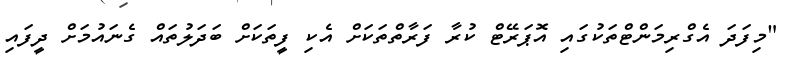
"މިފަދަ އެގްރިމަންޓްތަކުގައި އޮޕަރޭޓް ކުރާ ފަރާތްތަކަށް އެކި ފީތަކަށް ބަދަލުތައް ގެނައުމަށް ދީފައި